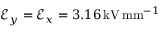
\mathcal { E } _ { y } = \mathcal { E } _ { x } = 3 . 1 6 \, \mathrm { k V } \, \mathrm { m m } ^ { - 1 }